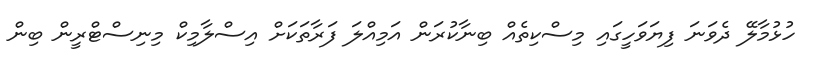
ހުޅުމާލޭ ދެވަނަ ފިޔަވަހީގައި މިސްކިތެއް ބިނާކުރަން އަމިއްލަ ފަރާތަކަށް އިސްލާމިކް މިނިސްޓްރީން ބިން